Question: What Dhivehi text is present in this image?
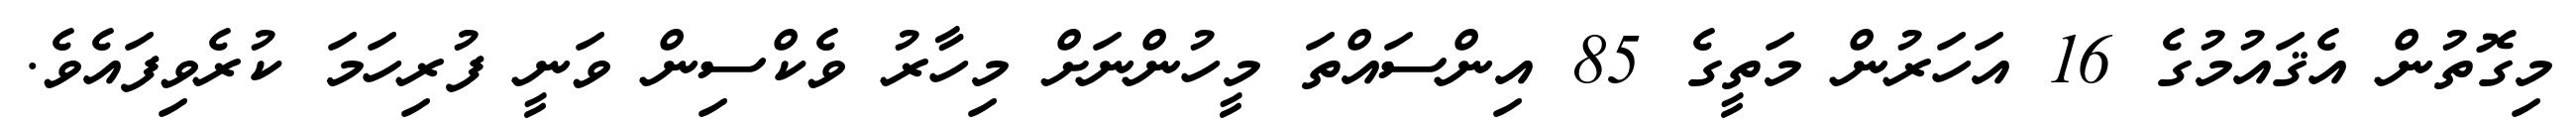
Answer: މިގޮތުން އެޤައުމުގެ 16 އަހަރުން މަތީގެ 85 އިންސައްތަ މީހުންނަށް މިހާރު ވެކްސިން ވަނީ ފުރިހަމަ ކުރެވިފައެވެ.